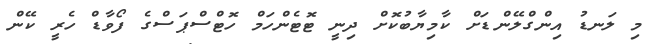
މި ލަނޑު އިންގްލޭންޑަށް ކާމިޔާބުކޮށް ދިނީ ޓޮޓެންހަމް ހޮޓްސްޕަސްގެ ފޯވާޑް ހެރީ ކޭން